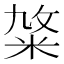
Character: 𥹛